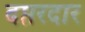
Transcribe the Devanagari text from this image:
दप्तरदार